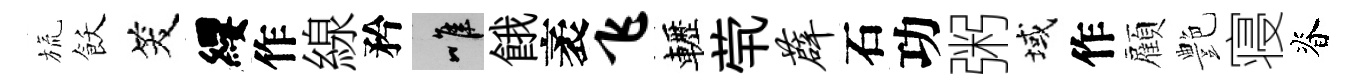
旒飫笑纓作線矜唯餓袤飞轣茕薜石功粥域作顏艶寝脊